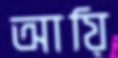
আয়ি